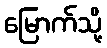
မြောက်သို့